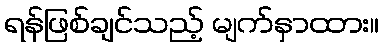
ရန်ဖြစ်ချင်သည့် မျက်နှာထား။